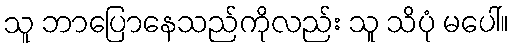
သူ ဘာပြောနေသည်ကိုလည်း သူ သိပုံ မပေါ်။